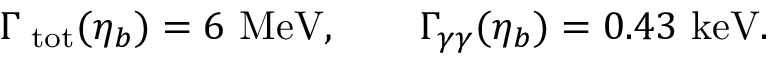
\Gamma _ { \mathrm { \scriptsize ~ t o t } } ( \eta _ { b } ) = 6 ~ \mathrm { M e V } , \qquad \Gamma _ { \gamma \gamma } ( \eta _ { b } ) = 0 . 4 3 ~ \mathrm { k e V } .